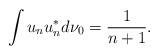
LaTeX: \begin{gather*}\int u_nu_n^*d\nu_0=\frac1{n+1}.\end{gather*}